Alphabetical list of drugs, medicines and other preparations free from, and containing, spirit compiled from the results of tests made by the customs houses at Calcutta, Bombay, and Madras
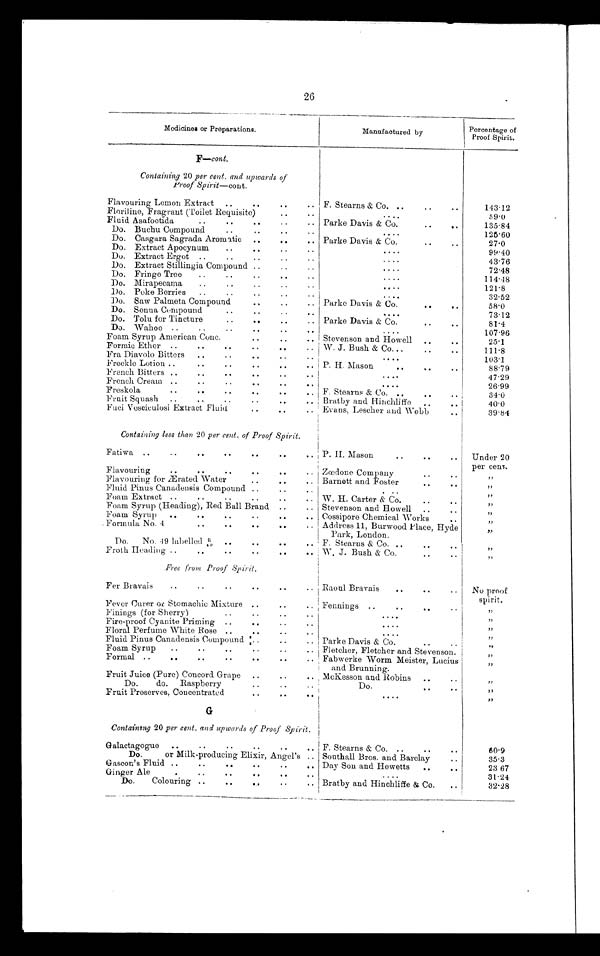
26
Medicines or Preparations.
Manufactured by
Percentage of
Proof Spirit.
F—cont.
Containing 20 per cent. and upwards of
Proof Spirit—cont.
Flavouring Lemon Extract
F. Stearns & Co.
143.12
Floriline, Fragrant (Toilet Requisite)
59.0
Fluid Asafoetida
Parke Davis & Co.
135.84
Do. Buchu Compound
125.60
Do.
Casgara Sagrada Aromatic
Parke Davis & Co.
27.0
Do. Extract Apocynum
99.40
Do. Extract Ergot
43.76
Do. Extract Stillingia Compound
72.48
Do. Fringe Tree
114.48
Do. Mirapecama
121.8
Do. Poke Berries
32.52
Do. Saw Palmeta Compound
Parke Davis & Co.
58.0
Do. Senna Compound
73.12
Do. Tolu for Tincture
Parke Davis & Co.
81.4
Do. Wahoo
107.96
Foam Syrup American Conc.
Stevenson and Howell
25.1
Formic Ether
W. J. Bush & Co.
111.8
Fra Diavolo Bitters
103.1
Freckle Lotion
P. H. Mason
88.79
French Bitters
47.29
French Cream
26.99
Freskola
F. Stearns & Co.
34.0
Fruit Squash
Bratby and Hinchliffe
40.0
Fuci Vesciculosi Extract Fluid
Evans, Lescher and Webb
39.84
Containing less than 20 per cent. of Proof Spirit.
Fatiwa
P. H . Mason
Under 20
per cent.
Flavouring
Zœdone Company
„
Flavouring for Ærated Water
Barnett and Foster
„
Fluid Pinus Canadensis Compound
„
Foam Extract
W. H. Carter & Co.
„
Foam Syrup (Heading), Red Ball Brand
Stevenson and Howell
„
Foam Syrup
Cossipore Chemical Works
„
Formula No. 4
Address 11, Burwood Place, Hyde
Park, London.
„
Do. No. 49 labelled R 49 F. Stearns & Co.
„
Froth Heading
W. J. Bush & Co.
„
Free from Proof Spirit.
Fer Bravais
Raoul Bravais
No proof
spirit.
Fever Curer or Stomachic Mixture
Fennings
„
Finings (for Sherry)
„
Fire-proof Cyanite Priming
„
„
Floral Perfume White Rose
„
Fluid Pinus Canadensis Compound :
Parke Davis & Co.
„
Foam Syrup
Fletcher, Fletcher and Stevenson.
„
Formal
Fabwerke Worm Meister, Lucius
and Brunning.
„
Fruit Juice (Pure) Concord Grape
McKesson and Robins
„
Do. Do. Raspberry
D o .
„
Fruit Preserves, Concentrated
G
Containing 20 per cent. and upwards of Proof Spirit.
Galactagogue
F. Stearns & Co.
60.9
Do.
or Milk-producing Elixir, Angel's
Southall Bros. and Barclay
35 . 3
Gascon's Fluid
Day Son and Hewetts
23 67
Ginger Ale
31.24
Do. Colouring
Bratby and Hinchliffe & Co.
32.28